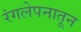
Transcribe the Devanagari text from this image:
रंगलेपनातून